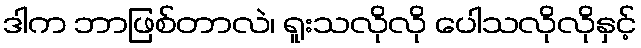
ဒါက ဘာဖြစ်တာလဲ၊ ရူးသလိုလို ပေါသလိုလိုနှင့်